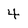
Character: 4